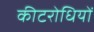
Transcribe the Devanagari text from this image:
कीटरोधियों